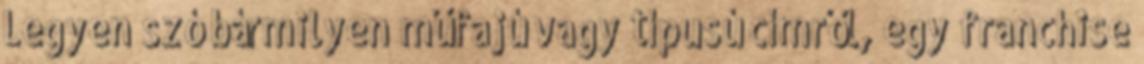
Legyen szó bármilyen műfajú vagy típusú címről, egy franchise